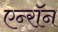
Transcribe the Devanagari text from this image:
एन्‍रॉन